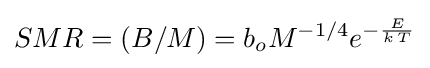
SMR=(B/M)=b_{o}M^{-1/4}e^{-{\frac {E}{k\,T}}}